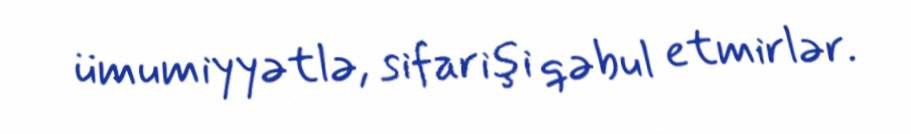
ümumiyyətlə, sifarişi qəbul etmirlər.